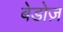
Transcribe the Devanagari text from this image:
बेडोज़